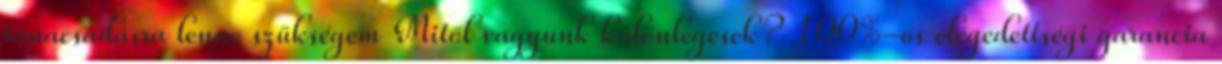
tanácsadásra lenne szükségem Mitől vagyunk különlegesek? 100%-os elégedettségi garancia